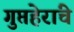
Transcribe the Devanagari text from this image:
गुप्तहेरांचे